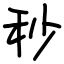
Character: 秒